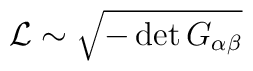
{\cal L} \sim \sqrt {-\det G_{\alpha\beta}}